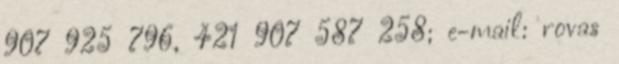
907 925 796, 421 907 587 258; e-mail: rovas